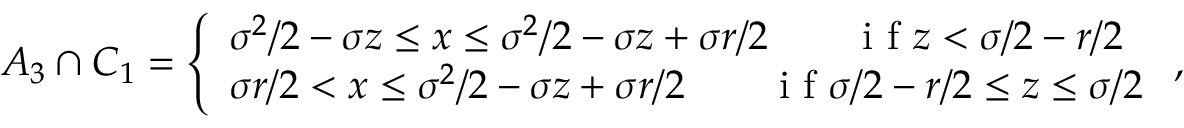
\begin{array} { r } { A _ { 3 } \cap C _ { 1 } = \left\{ \begin{array} { l l } { \sigma ^ { 2 } / 2 - \sigma z \leq x \leq \sigma ^ { 2 } / 2 - \sigma z + \sigma r / 2 \qquad \textrm { i f } z < \sigma / 2 - r / 2 } \\ { \sigma r / 2 < x \leq \sigma ^ { 2 } / 2 - \sigma z + \sigma r / 2 \qquad \textrm { i f } \sigma / 2 - r / 2 \leq z \leq \sigma / 2 } \end{array} \right. , } \end{array}